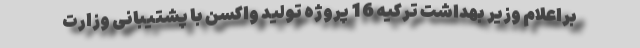
براعلام وزیر بهداشت ترکیه 16 پروژه تولید واکسن با پشتیبانی وزارت